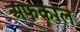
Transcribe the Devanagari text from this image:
अफकाल